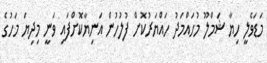
މަޑަވެލީ ހިޔާ ޝަމްލޫ މުހައްމަދު ހައްޔަރުކޮށް ފުލުހުން އަނިޔާކޮށްފައި ވަނީ މިދިޔަ މަހުގެ